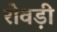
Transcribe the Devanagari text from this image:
रोवड़ी